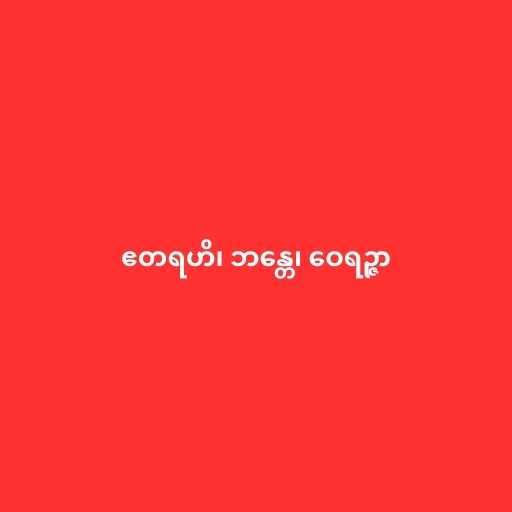
ဧတရဟိ၊ ဘန္တေ၊ ဝေရဉ္ဇာ